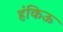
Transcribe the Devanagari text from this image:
हंकिऊ